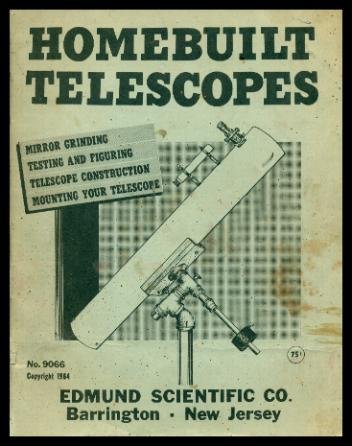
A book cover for HOMEBUILT TELESCOPES - Mirror Grinding - Testing and Figuring - Telescope Construction - Mounting Your Telescope; Sam (editor) Brown; Science & Math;